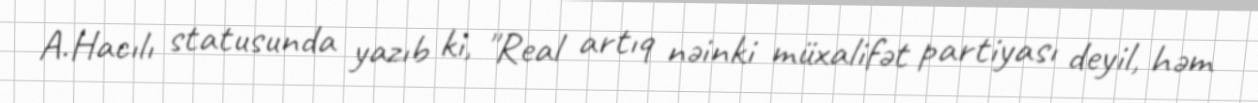
A.Hacılı statusunda yazıb ki, "Real artıq nəinki müxalifət partiyası deyil, həm